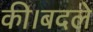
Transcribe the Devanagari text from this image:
की।बदले